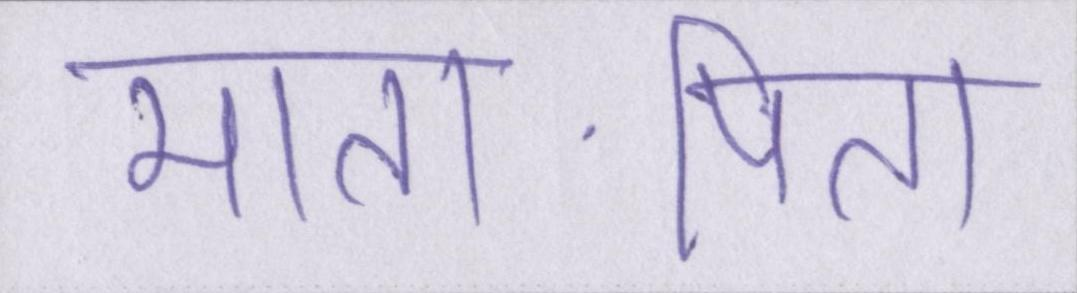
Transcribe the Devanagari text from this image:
माता-पिता